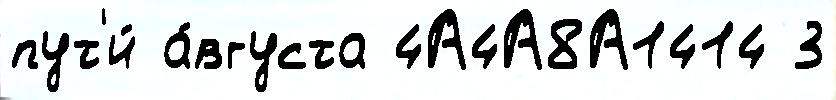
пут'и́ а́вгуста 4А4А8А1414 3